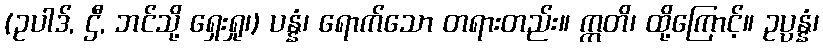
(ဥပါဒ်, ဌီ, ဘင်သို့ ရှေးရှု၊) ပန္နံ၊ ရောက်သော တရားတည်း။ ဣတိ၊ ထို့ကြောင့်။ ဥပ္ပန္နံ၊